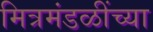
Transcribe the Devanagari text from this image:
मित्रमंडळींच्या